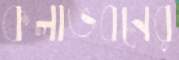
কলাভবনের